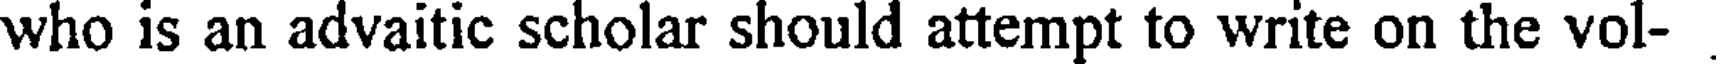
who is an advaitic scholar should attempt to write on the vol-